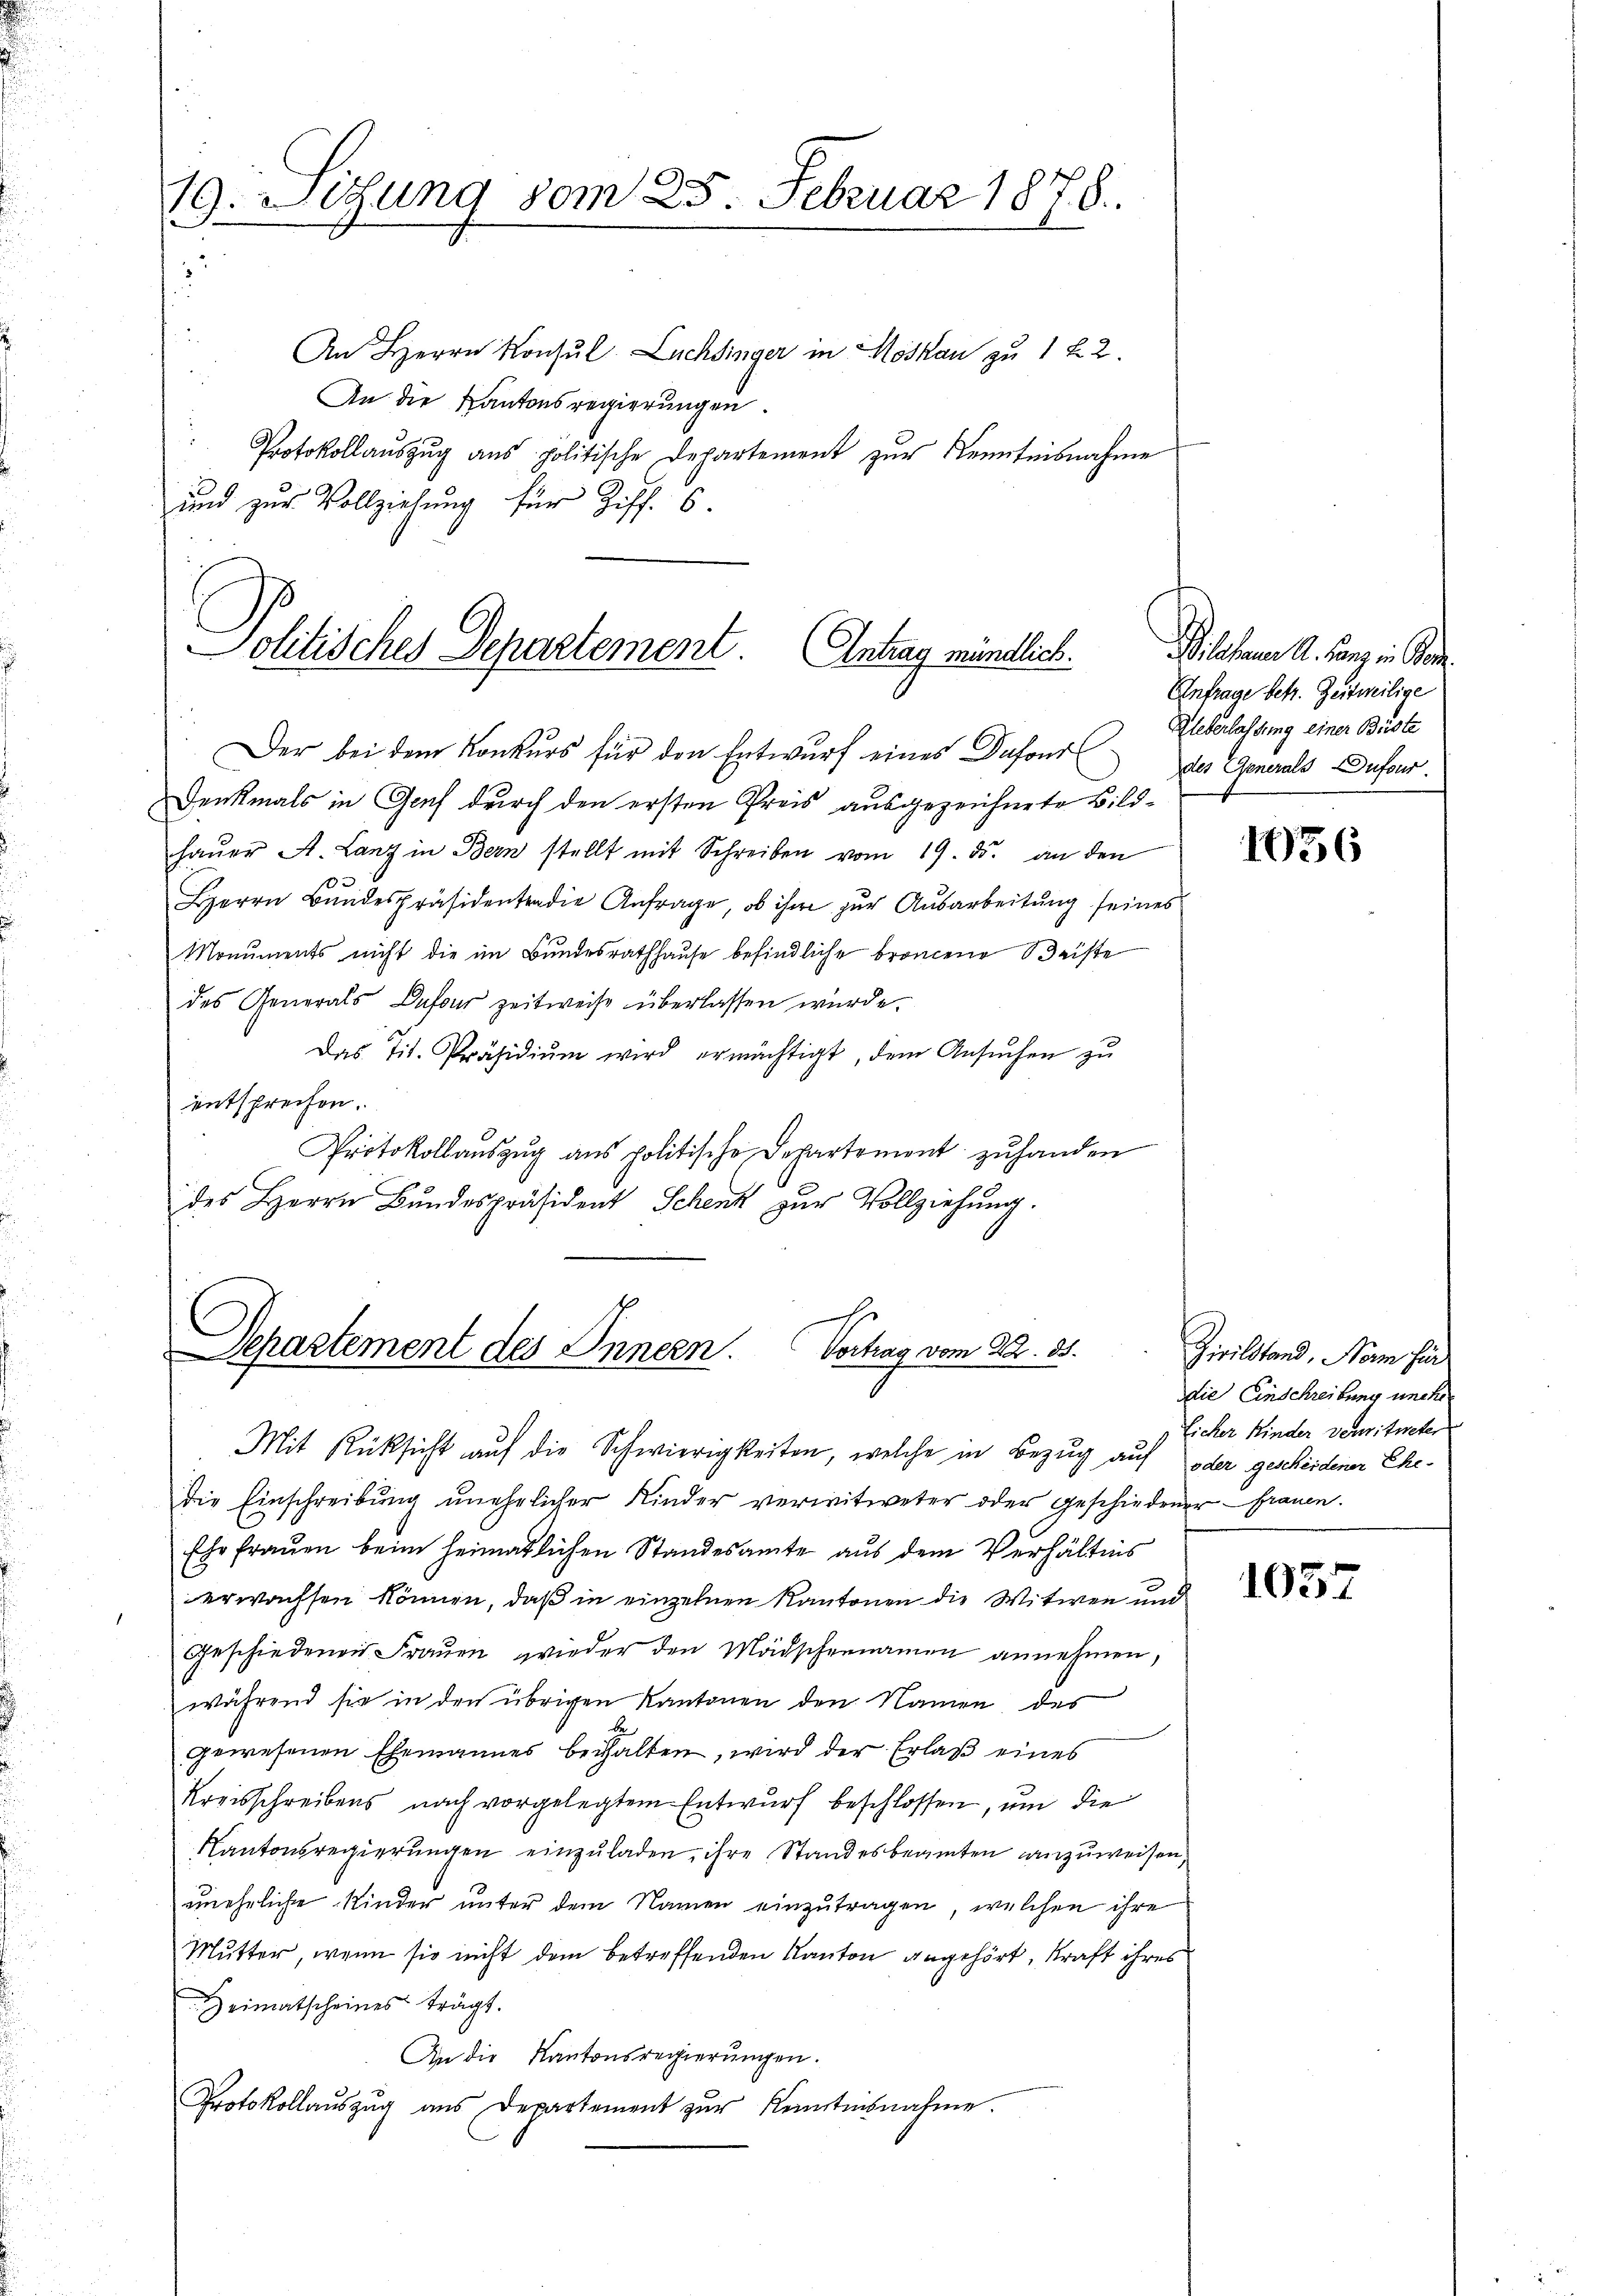
19. Sitzung vom 25. Februar 1878.

An Herrn Konsul Lachsinger in Moskau zu 1 f. 2.
An die Kantonsregierungen.
Protokollauszug aus politische Departement zur Kenntnisnahme
und zur Vollziehung für Ziff. 6.

Politisches Departement. Antrag mündlich.

haŭer A. Lanz in Bern stellt mit Schreiben vom 19. ds. an den
Herrn Bundespräsidenten die Anfrage, ob ihm zur Ausarbeitung seines
Monuments nicht die im Bundesrathhause befindliche Broncene Beiste
des Generals Dufour zeitweise überlassen wurde.
Das Tit. Präsidiŭm wird ermächtigt, dem Ansŭchen zu
entsprechen.
Protokollauszug aus politische Departement zuhanden
des Herrn Bundespräsident Schenk zur Vollziehung.

Der bei dem Konkurs für den Entwurf eines Dufour Ueberlassung einer Büste
Denkmals in Genf durch den ersten Preis ausgezeichnete Bild¬

Departement des Innern. Vortrag vom 22. 81.

Bilehen A. Lanz in Kon
Einfrage betr. Zeitweilige
des Generals Dufour

Mit Rücksicht auf die Schwierigkeiten, welche in Bezug auf oder gescheidener Ehedie Einschreibŭng unehelicher Kinder verwitweter oder geschiedener Frauen.
Ehr fraŭen beim heimatlichen Standesamte aus dem Verhältnis
erwachsen können, daß in einzelnen Kantonen die Witwen und
Geschiedenen Frauen, wieder den Mädschennamen annehmen,
während sie in den übrigen Kantonen den Namen des
gewesenen Ehemannes behalten, wird der Erlaß eines
Kreisschreibens nach vorgelegtem Entwurf beschlossen, um die
Kantonsregierungen einzuladen, ihre Standesbeamten anzuweisen,
uneheliche Kinder unter dem Namen einzutragen, welchen ihre
Mutter, wenn sie nicht dem betreffenden Kanton angehört, Kraft ihres
Heimatscheines trägt.
An die Kantonsregierungen.
Protokollaŭszŭg ans Departement zŭr Kenntnisnahme.

1036

Zivilstand, Norm für
die Einschreibung uncher
Eicher Kinder vereitweter

1037